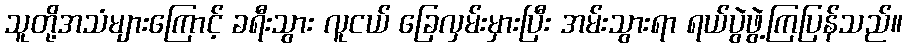
သူတို့အသံများကြောင့် ခရီးသွား လူငယ် ခြေလှမ်းမှားပြီး အမ်းသွားရာ ရယ်ပွဲဖွဲ့ကြပြန်သည်။